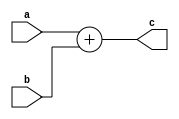
module adder (
    output [32:0] c, input [31:0] a, b
);

    assign c = a + b;
    
endmodule

module tb_adder;
    reg [31:0] a,b;
    wire [32:0] c;
    adder dut(c,a,b);
    initial begin
        a = 2; b = 3;
        #10
        a = 20; b = 35;
        #10
        $finish;
    end

    initial begin
        $dumpfile("dump.vcd");
        $dumpvars(0,tb_adder);
    end 

endmodule